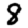
Digit: 8